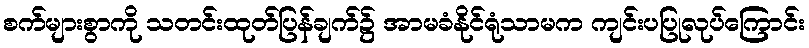
စက်များစွာကို သတင်းထုတ်ပြန်ချက်၌ အာမခံနိုင်ရုံသာမက ကျင်းပပြုလုပ်ကြောင်း